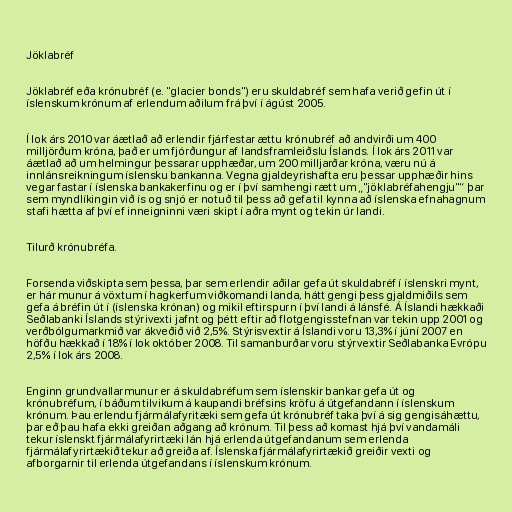
Jöklabréf

Jöklabréf eða krónubréf (e. "glacier bonds") eru skuldabréf sem hafa verið gefin út í
íslenskum krónum af erlendum aðilum frá því í ágúst 2005.

Í lok árs 2010 var áætlað að erlendir fjárfestar ættu krónubréf að andvirði um 400
milljörðum króna, það er um fjórðungur af landsframleiðslu Íslands. Í lok árs 2011 var
áætlað að um helmingur þessarar upphæðar, um 200 milljarðar króna, væru nú á
innlánsreikningum íslensku bankanna. Vegna gjaldeyrishafta eru þessar upphæðir hins
vegar fastar í íslenska bankakerfinu og er í því samhengi rætt um „"jöklabréfahengju"“ þar
sem myndlíkingin við ís og snjó er notuð til þess að gefa til kynna að íslenska efnahagnum
stafi hætta af því ef inneigninni væri skipt í aðra mynt og tekin úr landi.

Tilurð krónubréfa.

Forsenda viðskipta sem þessa, þar sem erlendir aðilar gefa út skuldabréf í íslenskri mynt,
er hár munur á vöxtum í hagkerfum viðkomandi landa, hátt gengi þess gjaldmiðils sem
gefa á bréfin út í (íslenska krónan) og mikil eftirspurn í því landi á lánsfé. Á Íslandi hækkaði
Seðlabanki Íslands stýrivexti jafnt og þétt eftir að flotgengisstefnan var tekin upp 2001 og
verðbólgumarkmið var ákveðið við 2,5%. Stýrisvextir á Íslandi voru 13,3% í júní 2007 en
höfðu hækkað í 18% í lok október 2008. Til samanburðar voru stýrvextir Seðlabanka Evrópu
2,5% í lok árs 2008.

Enginn grundvallarmunur er á skuldabréfum sem íslenskir bankar gefa út og
krónubréfum, í báðum tilvikum á kaupandi bréfsins kröfu á útgefandann í íslenskum
krónum. Þau erlendu fjármálafyritæki sem gefa út krónubréf taka því á sig gengisáhættu,
þar eð þau hafa ekki greiðan aðgang að krónum. Til þess að komast hjá því vandamáli
tekur íslenskt fjármálafyrirtæki lán hjá erlenda útgefandanum sem erlenda
fjármálafyrirtækið tekur að greiða af. Íslenska fjármálafyrirtækið greiðir vexti og
afborgarnir til erlenda útgefandans í íslenskum krónum.